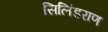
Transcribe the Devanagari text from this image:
सिलिंडराण